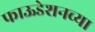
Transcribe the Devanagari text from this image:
फाऊडेशनच्या